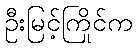
ဦးမြင့်ကြိုင်က